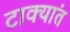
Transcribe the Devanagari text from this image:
टाक्यांत